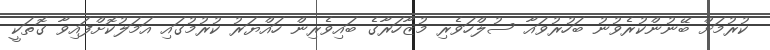
ކުރުމަށް ބޭނުންކުރެވުނު ބަހުރުވައާ ސުލްހަވެރި މުޒާހަރާގެ ބައިވެރިން ހައްޔަރު ކުރުމުގައި އަމަލުކޮށްފައިވާ ގޮތަކީ